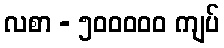
လစာ - ၅၀၀၀၀၀ ကျပ်